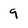
Character: 9